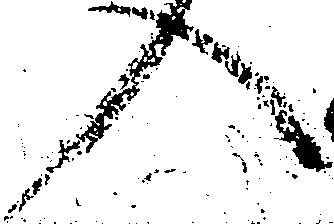
入